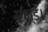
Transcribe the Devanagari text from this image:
एण्ड।